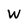
Character: W